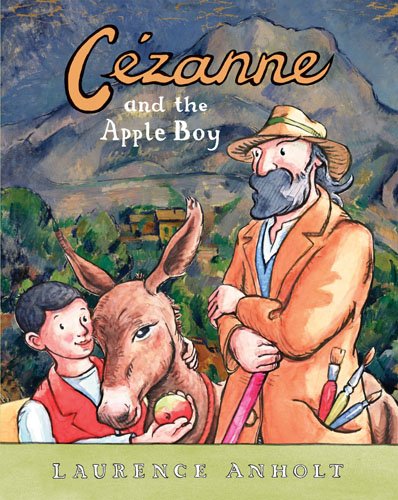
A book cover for Cezanne and the Apple Boy (Anholt's Artists); Laurence Anholt; Children's Books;